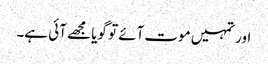
اور تمہیں موت آئے تو گویا مجھے آئی ہے۔